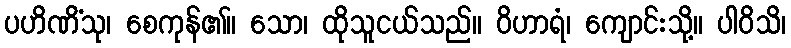
ပဟိဏိံသု၊ စေကုန်၏။ သော၊ ထိုသူငယ်သည်။ ဝိဟာရံ၊ ကျောင်းသို့။ ပါဝိသိ၊